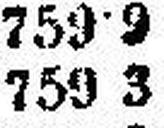
759·3